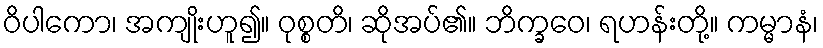
ဝိပါကော၊ အကျိုးဟူ၍။ ဝုစ္စတိ၊ ဆိုအပ်၏။ ဘိက္ခဝေ၊ ရဟန်းတို့။ ကမ္မာနံ၊